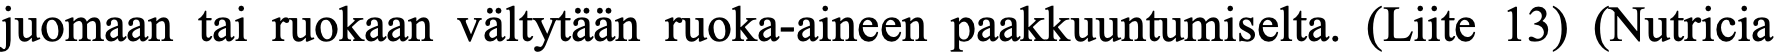
juomaan tai ruokaan vältytään ruoka-aineen paakkuuntumiselta. (Liite 13) (Nutricia